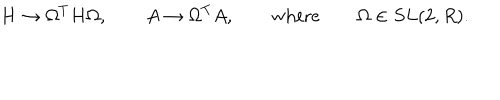
H \to \Omega ^ { T } H \Omega , \qquad A \to \Omega ^ { T } A , \qquad \mathrm { w h e r e } \qquad \Omega \in S L ( 2 , R ) .